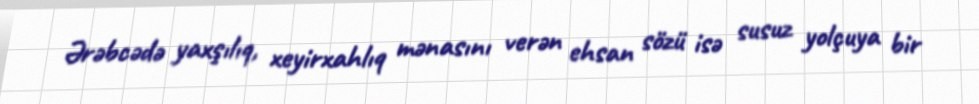
Ərəbcədə yaxşılıq, xeyirxahlıq mənasını verən ehsan sözü isə susuz yolçuya bir